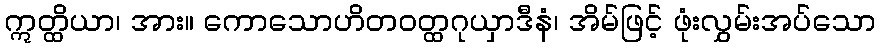
ဣတ္ထိယာ၊ အား။ ကောသောဟိတဝတ္ထဂုယှာဒီနံ၊ အိမ်ဖြင့် ဖုံးလွှမ်းအပ်သော